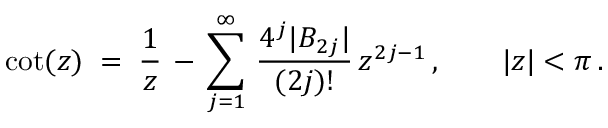
\cot ( z ) \; = \; \frac { 1 } { z } \, - \, \sum _ { j = 1 } ^ { \infty } \, \frac { 4 ^ { j } \vert B _ { 2 j } \vert } { ( 2 j ) ! } \, z ^ { 2 j - 1 } \, , \qquad \vert z \vert < \pi \, .